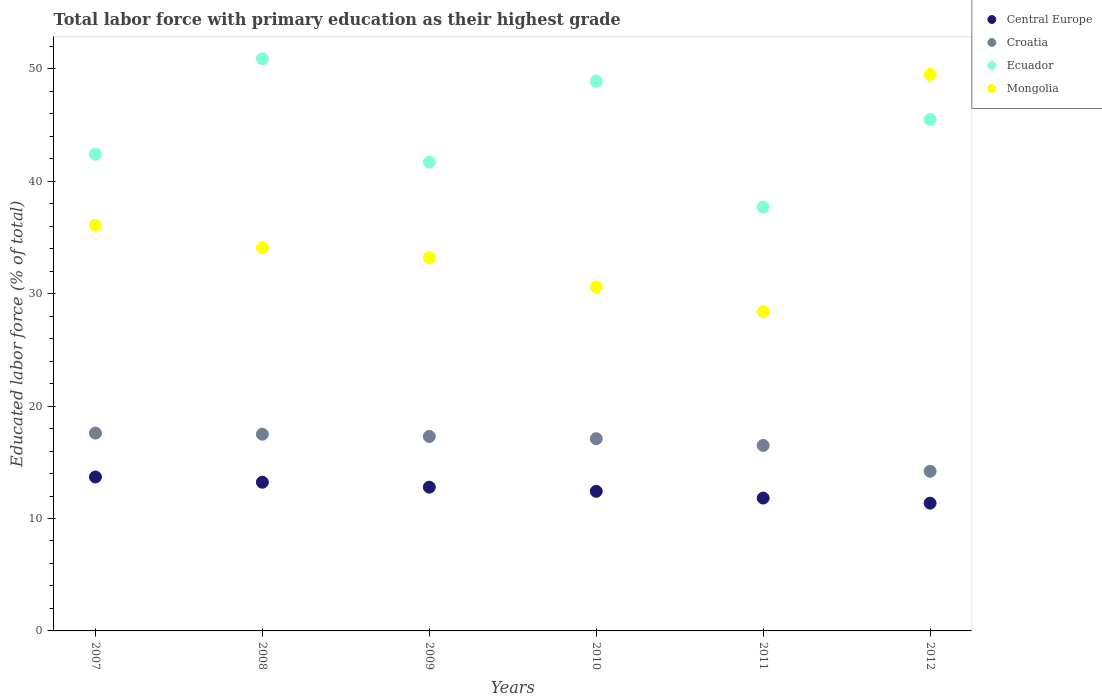
| Years | Central Europe | Croatia | Ecuador | Mongolia |
 | --- | --- | --- | --- | --- |
 | 2007 | 13.7 | 17.6 | 42.4 | 36.1 |
 | 2008 | 13.2 | 17.5 | 50.9 | 34.1 |
 | 2009 | 12.8 | 17.3 | 41.7 | 33.2 |
 | 2010 | 12.4 | 17.1 | 48.9 | 30.6 |
 | 2011 | 11.8 | 16.5 | 37.7 | 28.4 |
 | 2012 | 11.4 | 14.2 | 45.5 | 49.5 |